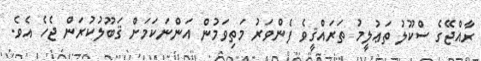
ރާއްޖޭގެ ސްކޫލު ތަޢުލީމު ތަރައްޤީވެ ފެންވަރު މަތިވަމުން އަންނަކަމަށް ޤަބޫލުކުރަން ޖެހެ އެވެ.